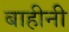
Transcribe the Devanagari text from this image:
बाहीनी